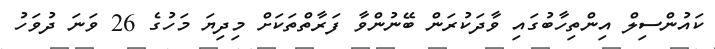
ކައުންސިލް އިންތިހާބުގައި ވާދަކުރަން ބޭނުންވާ ފަރާތްތަކަށް މިދިޔަ މަހުގެ 26 ވަނަ ދުވަހު